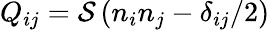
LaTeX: Q_{ij}=\mathcal{S}\left(n_{i}n_{j}-\delta_{ij}/2\right)